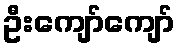
ဦးကျော်ကျော်